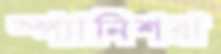
স্প্যানিশরা